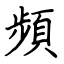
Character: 頻